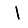
Digit: 1